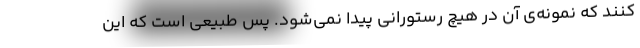
کنند که نمونه‌ی آن در هیچ رستورانی پیدا نمی‌شود. پس طبیعی است که این